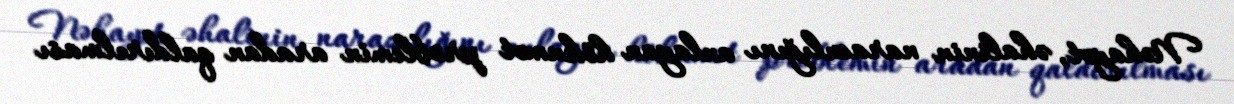
Nəhayət, əhalinin narazılığını anlayan hökumət problemin aradan qaldırılması